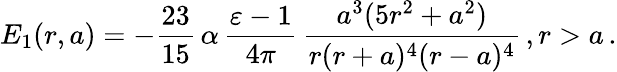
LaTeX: E_{1}(r,a)=-\frac{23}{15}\, \alpha\, \frac{\varepsilon-1}{4\pi}\, \frac{a^{3}(5r^{2}+a^{2})}{r(r+a)^{4}(r-a)^{4}}\, ,r>a\, .